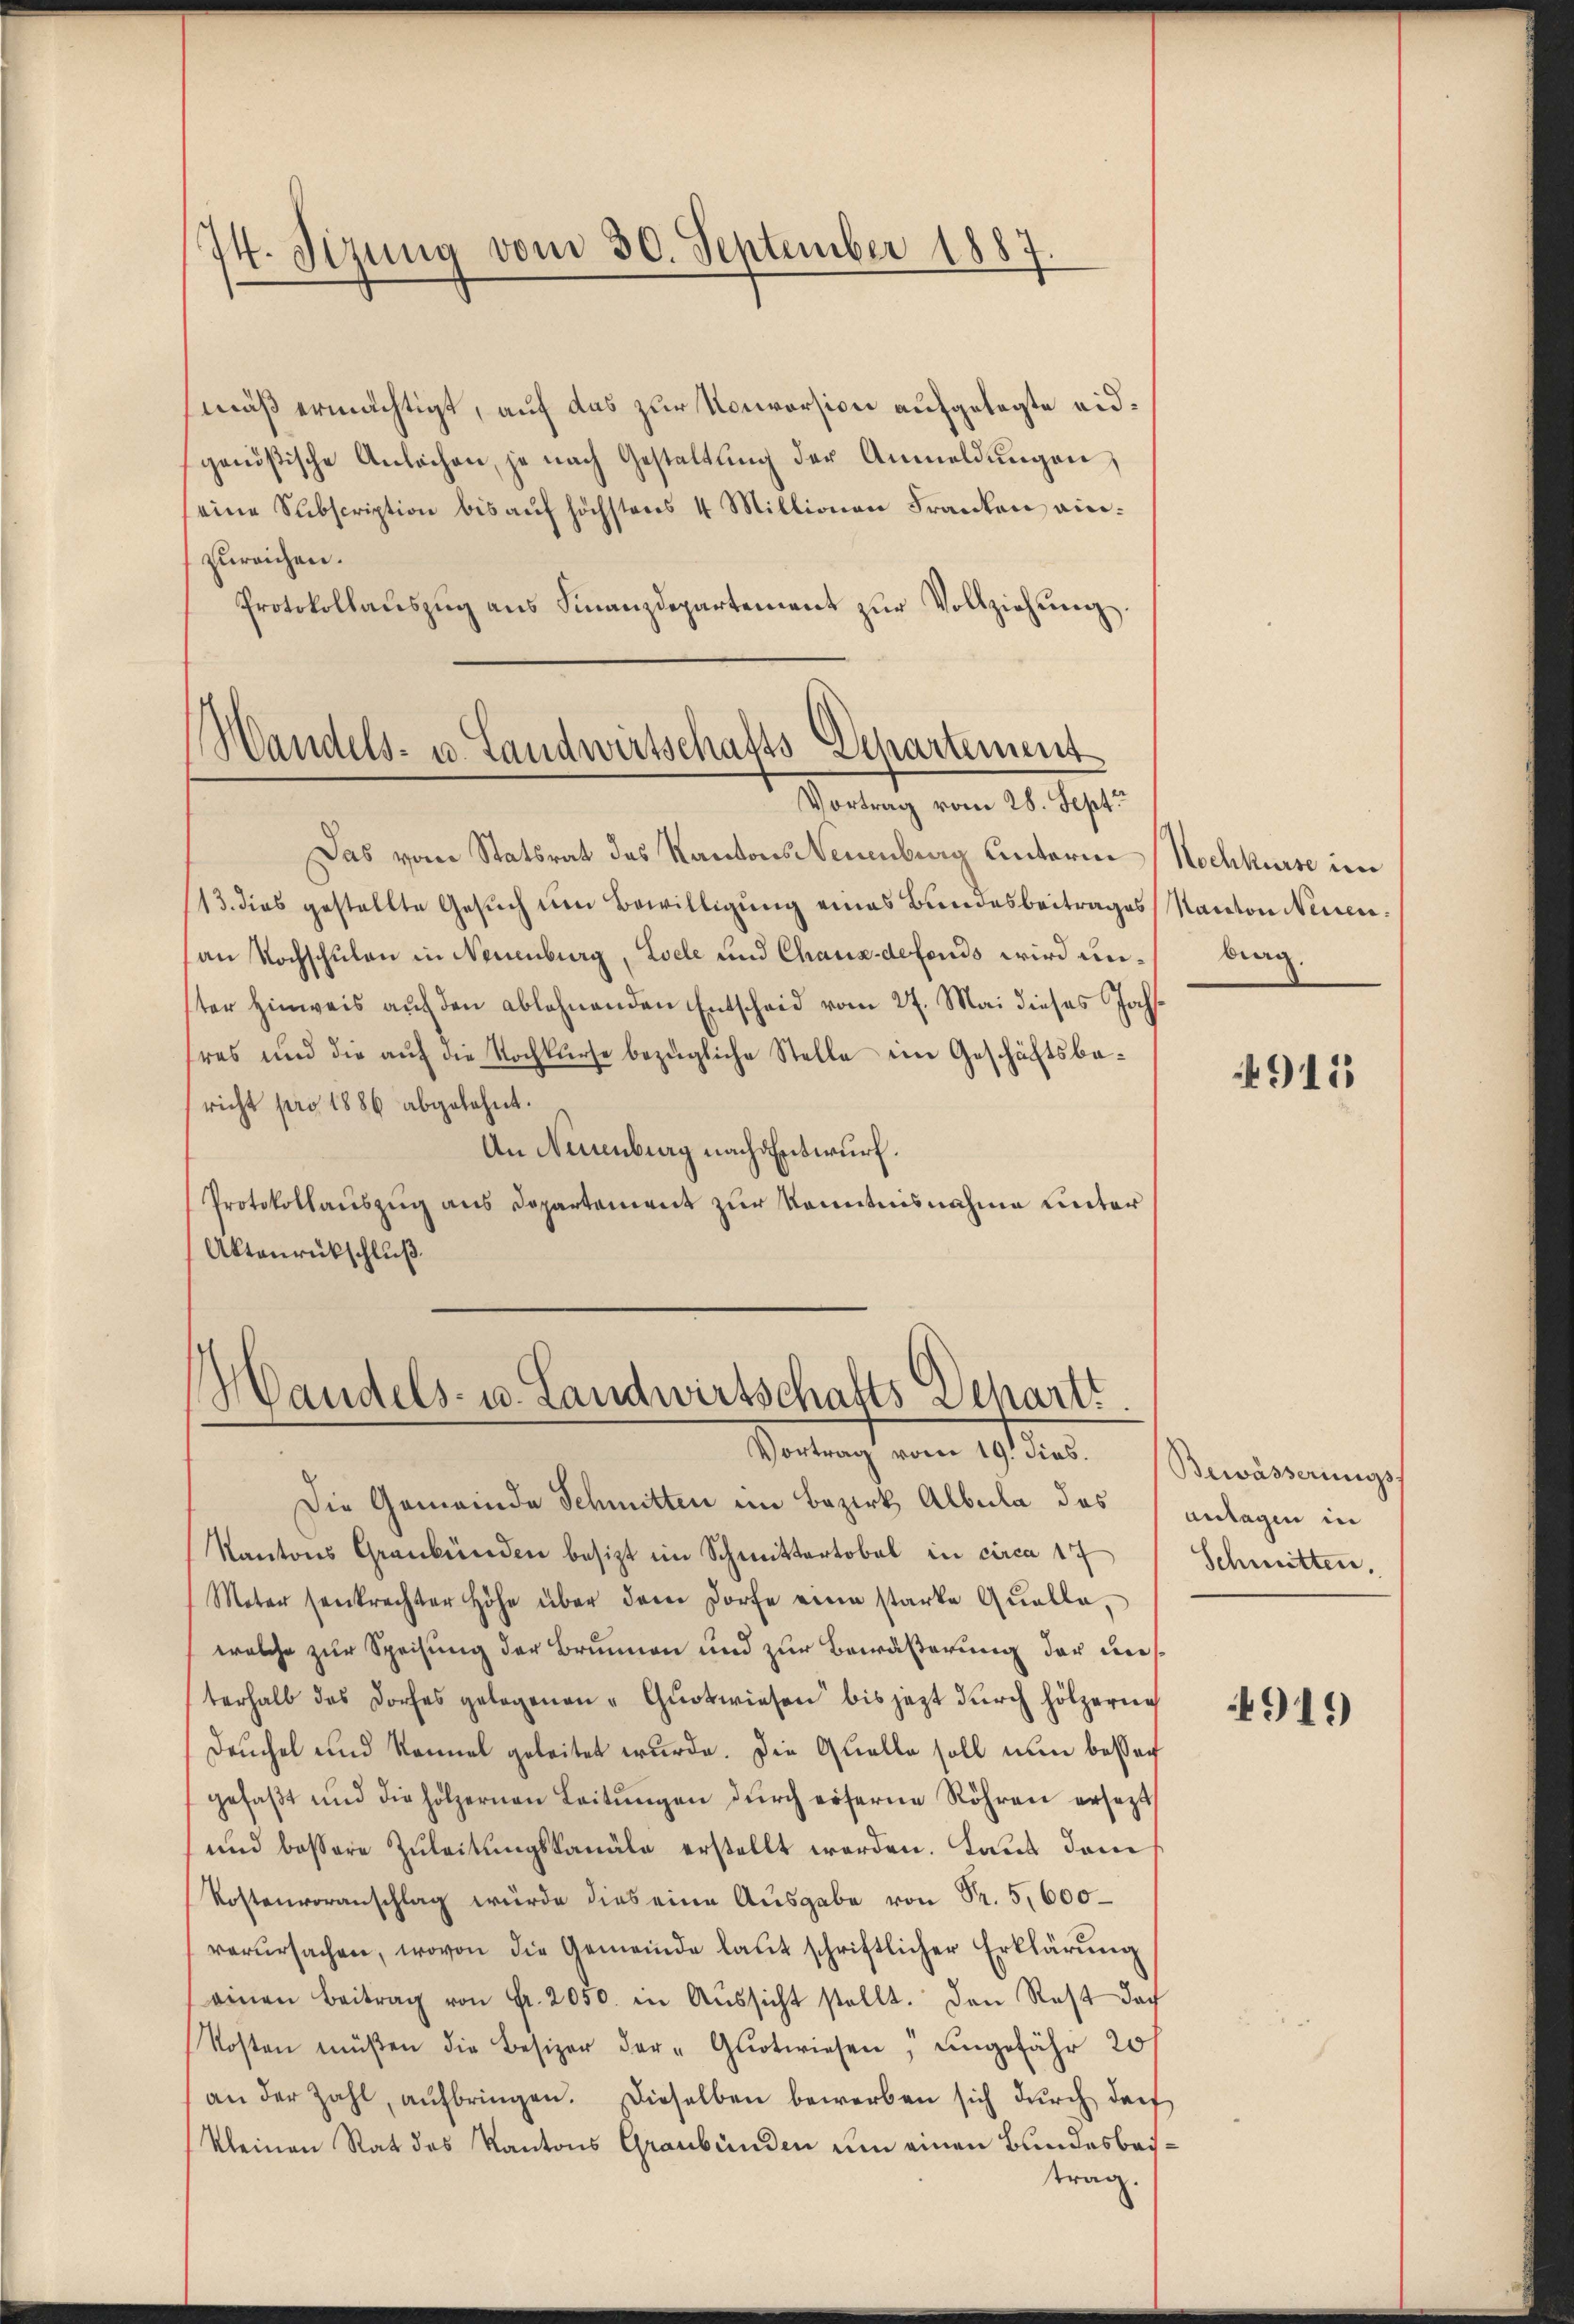
74. Sizung vom 30. September 1887.

mäß ermächtigt, auf das zur Konversion aufgelegte eidgenößische Anlächen, je nach Gestaltung der Anmeldŭngen
eine Subscription bis aŭf höchstens 4 Millionen Franken einzureichen.
Protokollaŭszŭg ans Finanzdepartement zŭr Vollziehŭng.

Handels- u. Landwirtschafts Departement
Vortrag vom 28. Sept.

Das vom Statsrat des Kantons Neuenburg unterm Nachkurse im
113. dies gestellte Gesŭch ŭm Bewilligŭng eines Bundesbeitrages Kanton Neuenan Nochschulen in Neuenburg, Loele und Chaux-defends wird unster Hinweis auf den ablehnenden Entscheid vom 27. Mai dieses Johs.
tres und die aŭf die Kochkurse bezügliche Stelle ein Geschäftsbaricht pro 1886 abgelehnt.
An Neuenburg nach Entwurf.
Protokollauszug aus Departement zur Kenntnisnahme unter
Aktenrückschluß

Handels- u. Landwirtschafts Departi
Vortrag vom 19. dies.

Die Gemeinde Schmitten im Bezirk Albula des anlagen in
Kantons Graubünden besizt im Schmittertobel in circa 17
Motor senkrechter Höhe über dem Dorfe eine starke Qŭaiba,
welche zur Speisung der Brunnen und zur Bewäßerung der uns
terhalb das Dorfes gelegenen "Guotwiesen bis jezt durch hölzerne
Deuchel und Konnel geleitet wurde. Die Quelle soll nun bessen
gefaβt und die hölzernen Leitŭngen dŭrch erserne Röhren ersetzt
und bessere Zuleitungskanäle erstellt werden. Laut dem
Kostenvoranschlag würde dies eine Ausgabe von Sr. 5,600
verŭrsachen, wovon die Gemeinde laut schriftlicher Erklärung
einen Beitrag von Fr. 2050. in Aŭssicht stellt. Den Rest doch
Kosten müßen die Besizer der "Guotwiesen, ungefähr 20f
an der Zahl, aŭfbringen. Dieselben bewerben sich dŭrch darf
kleinen Rat des Kantons Graubünden um einen Bundesbachtrag.

brag.

4915

Bewässerungs
Schmitten.

4919